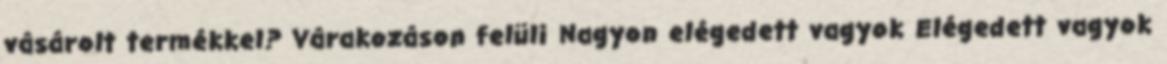
vásárolt termékkel? Várakozáson felüli Nagyon elégedett vagyok Elégedett vagyok